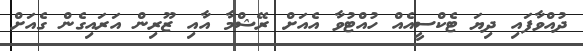
ދުއްވާފައި ދިޔަ ޓެކްސީއެއް ހުއްޓުވާ އެއަށް ރޭޝްމާ އާއި ޒޫރިން އަރައިގެން ގެއަށް